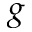
g